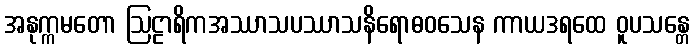
အနုက္ကမတော ဩဠာရိကအဿာသပဿာသနိရောဓဝသေန ကာယဒရထေ ဝူပသန္တေ